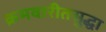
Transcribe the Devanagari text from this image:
क्रमवारीतसुद्धा